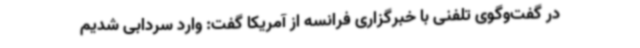
در گفت‌وگوی تلفنی با خبرگزاری فرانسه از آمریکا گفت: وارد سردابی شدیم